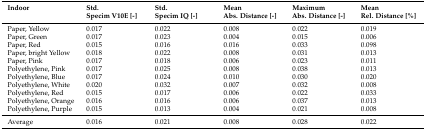
<table><thead><tr><td><b>Indoor</b></td><td><b>Std. Specim V10E [-]</b></td><td><b>Std. Specim IQ [-]</b></td><td><b>Mean Abs. Distance [-]</b></td><td><b>Maximum Abs. Distance [-]</b></td><td><b>Mean Rel. Distance [%]</b></td></tr></thead><tbody><tr><td>Paper, Yellow</td><td>0.017</td><td>0.022</td><td>0.008</td><td>0.022</td><td>0.019</td></tr><tr><td>Paper, Green</td><td>0.017</td><td>0.023</td><td>0.004</td><td>0.015</td><td>0.006</td></tr><tr><td>Paper, Red</td><td>0.015</td><td>0.016</td><td>0.016</td><td>0.033</td><td>0.098</td></tr><tr><td>Paper, bright Yellow</td><td>0.018</td><td>0.022</td><td>0.008</td><td>0.031</td><td>0.013</td></tr><tr><td>Paper, Pink</td><td>0.017</td><td>0.018</td><td>0.006</td><td>0.023</td><td>0.011</td></tr><tr><td>Polyethylene, Pink</td><td>0.017</td><td>0.025</td><td>0.008</td><td>0.038</td><td>0.013</td></tr><tr><td>Polyethylene, Blue</td><td>0.017</td><td>0.024</td><td>0.010</td><td>0.030</td><td>0.020</td></tr><tr><td>Polyethylene, White</td><td>0.020</td><td>0.032</td><td>0.007</td><td>0.032</td><td>0.008</td></tr><tr><td>Polyethylene, Red</td><td>0.015</td><td>0.017</td><td>0.006</td><td>0.022</td><td>0.033</td></tr><tr><td>Polyethylene, Orange</td><td>0.016</td><td>0.016</td><td>0.006</td><td>0.037</td><td>0.013</td></tr><tr><td>Polyethylene, Purple</td><td>0.015</td><td>0.013</td><td>0.004</td><td>0.021</td><td>0.008</td></tr><tr><td>Average</td><td>0.016</td><td>0.021</td><td>0.008</td><td>0.028</td><td>0.022</td></tr></tbody></table>